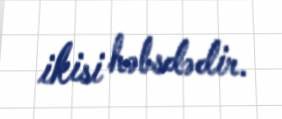
ikisi həbsdədir.